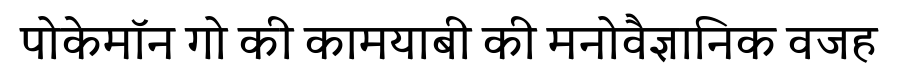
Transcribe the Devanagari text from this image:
पोकेमॉन गो की कामयाबी की मनोवैज्ञानिक वजह